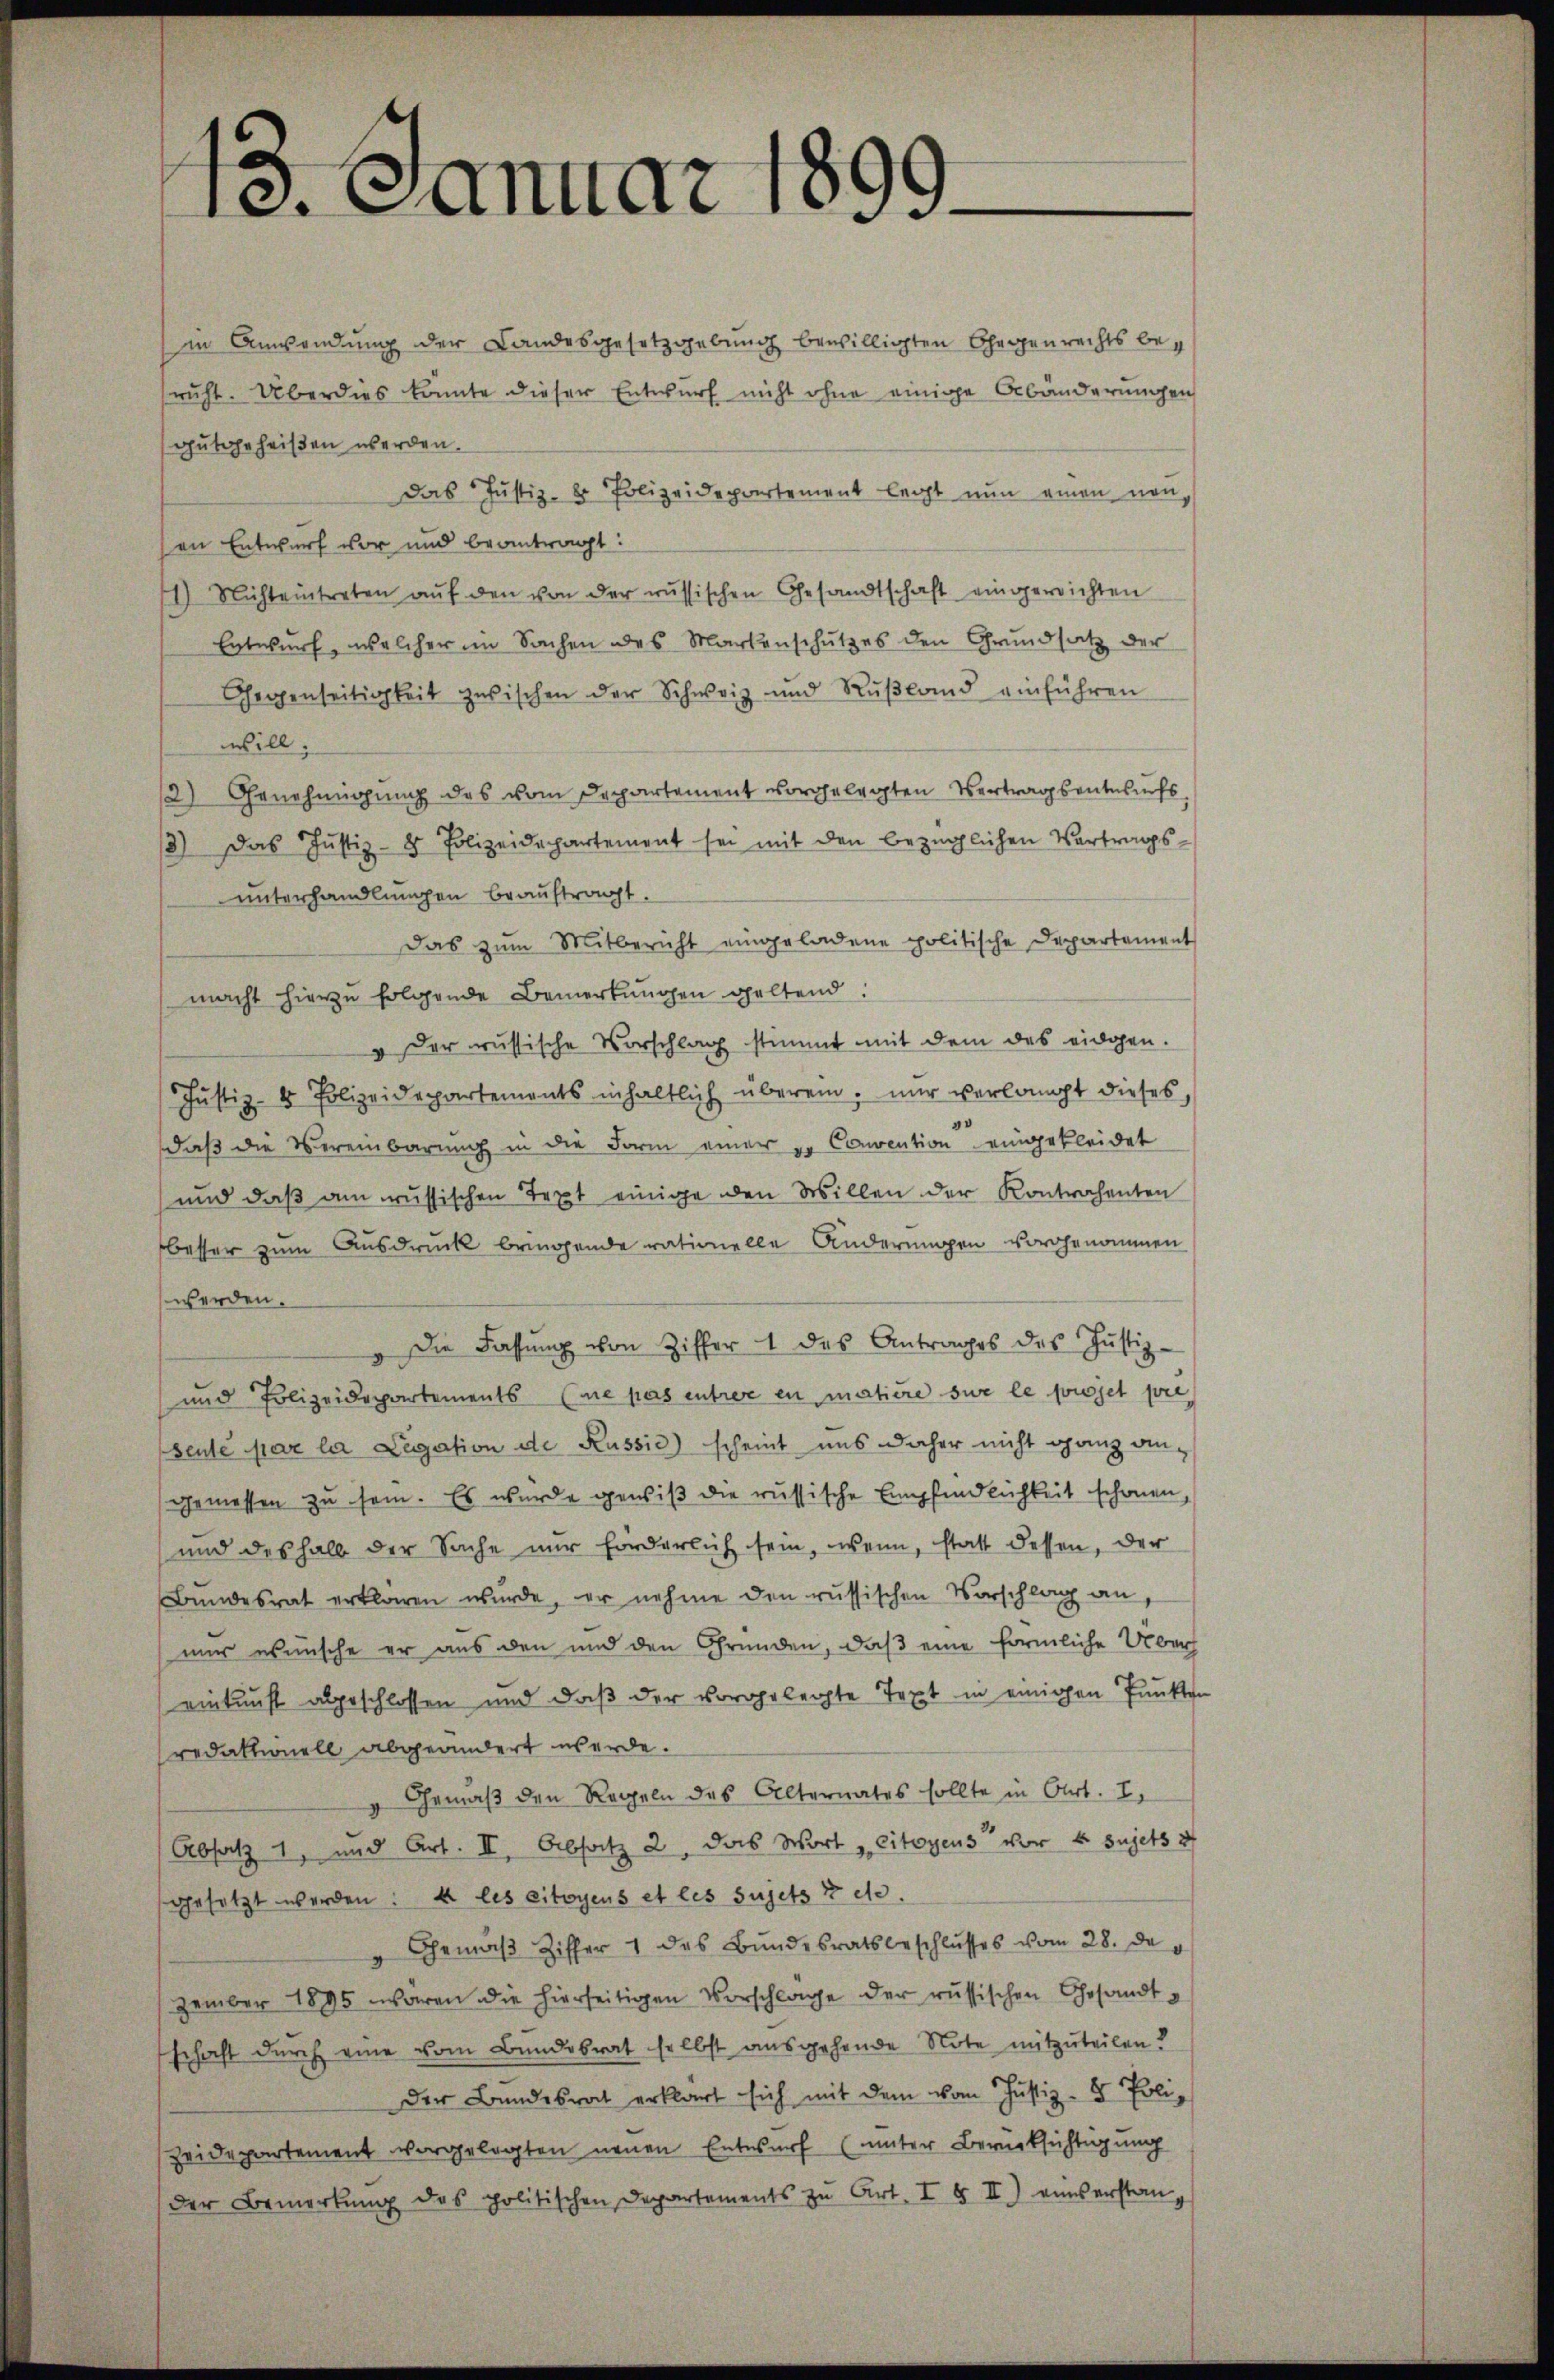
13. Januar 1899

in Anwendung der Landesgesetzgebung bewilligten Gegenrechts bericht. Überdies konnte dieser Entwurf nicht ohne einige Abänderungen
gutgeheißen werden.
Das Justiz- & Polizeidepartement legt nun einen non-
en Entwurf vor und beantragt:
1) Nichteintreten aŭf den von der russischen Gesandtschaft eingerichten
Entwurf, welcher im Sachen des Markenschutzes den Grundsatz der
Gegenseitigkeit zwischen der Schweiz und Rußland einführen
will.
2) Genehmigung des vom Dechartement vorgelegten Vertragsentwurfs
3) das Justiz-8 Polizeidepartement sei mit den bezüglichen Vertrags-
unterhandlungen beauftragt.
Das zum Mitbericht eingeladene politische Departement
macht hierzu folgende Bemerkungen geltend:
" Der russische Vorschlag stimmt mit dem das eidgen.
Justiz- & Polizeidepartements inhaltlich überein, nur verlangt dieses,
daß die Vereinbarung in die Form einer er Convention eingekleidet
und daß am russischen Text einige den Willen der Kontrahenten
besser zum Ausdruck bringende rationelle Änderungen vorgenommen
werden.
" die Fassung von Ziffer 1 des Antrages des Justiz-
und Polizeidepartements ne pas entree en matière sur le projet pre
Seute par la Legation de Russić) scheint uns daher nicht ganz an-
gemessen zu sein. Es wurde gewiß die russische Empfindlichkeit schonen,
und deshalb der Sache nur förderlich sein, wenn, statt dessen, der
Bundesrat erklären wurde, er nehme den russischen Vorschlag an,
mir wünsche er aus den und den Gründen, daß eine förmliche Überh
einkunft abgeschlossen und daß der vorgelegte Text in einigen Punkten
redaktionell abgeändert werde.
Gemäß den Regeln des Alternates sollte in Art. I.
Absatz 1, und Art. II, Absatz 2, das Wort citoyens vor 4 sujets 2
gesetzt werden: Es les citoyens et les sujets z etc.
Gemäβ Ziffer 1 des Bŭndesratsbeschlŭsses vom 28. de
zember 1885 waren die hierseitigen Vorschlage der russischen Gesandtschaft durch eine vom Bundesrat selbst ausgehende Note mitzuteilen?
der Bundesrat erklärt sich mit dem vom Justiz- & Polizeidepartement vorgelegten neuen Entwurf (unter Berücksichtigung
der Bemerkung des politischen Departements zu Art. I § II) einserstan¬